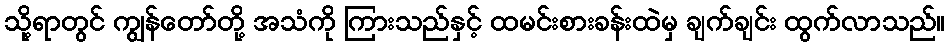
သို့ရာတွင် ကျွန်တော်တို့ အသံကို ကြားသည်နှင့် ထမင်းစားခန်းထဲမှ ချက်ချင်း ထွက်လာသည်။